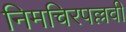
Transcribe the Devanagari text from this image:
निमचिरपल्लवी